Civil Veterinary Dept. Bombay admin report 1900-1906 - 1900-1906
Year: 1900
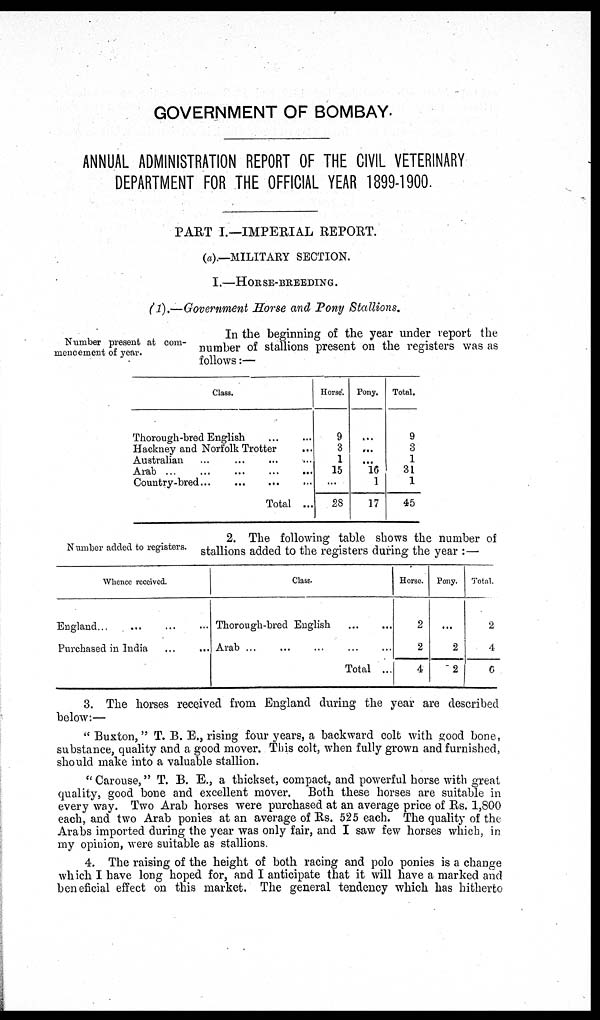
GOVERNMENT OF BOMBAY.
ANNUAL ADMINISTRATION REPORT OF THE CIVIL VETERINARY
DEPARTMENT FOR THE OFFICIAL YEAR 1899-1900.
PART I.—IMPERIAL REPORT.
(a).—MILITARY SECTION.
I.—HORSE-BREEDING.
(1).—Government Horse and Pony Stallions.
Number present at com-
mencement of year.
In the beginning of the year under report the
number of stallions present on the registers was as
follows:—
Class.
Thorough-bred English ... ...
Hackney and Norfolk Trotter ...
Australian ... ... ... ...
Arab
...
...
...
...
Country-bred ...
...
...
...
Total ...
Horse.
9
3
1
15
...
28
Pony.
...
...
...
16
1
17
Total.
9
3
1
31
1
45
Number added to registers.
2. The following table shows the number of
stallions added to the registers during the year:—
Whence received.
England ... ... ... ...
Purchased in India ... ...
Class.
Thorough-bred English ... ...
Arab ... ... ...
Total ...
Horse.
2
2
4
Pony.
...
2
2
Total.
2
4
6
3. The horses received from England during the year are described
below:—
"Buxton," T. B. E., rising four years, a backward colt with good bone,
substance, quality and a good mover. This colt, when fully grown and furnished,
should make into a valuable stallion.
"Carouse," T. B. E., a thickset, compact, and powerful horse with great
quality, good bone and excellent mover. Both these horses are suitable in
every way. Two Arab horses were purchased at an average price of Rs. 1,800
each, and two Arab ponies at an average of Rs. 525 each. The quality of the
Arabs imported during the year was only fair, and I saw few horses which, in
my opinion, were suitable as stallions.
4. The raising of the height of both racing and polo ponies is a change
which I have long hoped for, and I anticipate that it will have a marked and
beneficial effect on this market. The general tendency which has hitherto